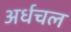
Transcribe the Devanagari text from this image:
अर्धचल